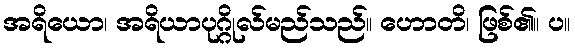
အရိယော၊ အရိယာပုဂ္ဂိုလ်မည်သည်။ ဟောတိ၊ ဖြစ်၏။ ပ။